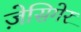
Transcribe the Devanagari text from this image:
ज़ेसिगेर